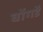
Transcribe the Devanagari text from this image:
घोंगडें